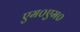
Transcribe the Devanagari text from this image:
एम०एम०